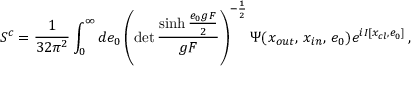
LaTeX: S \sp c = { \frac { 1 } { 3 2 \pi \sp 2 } } \int \sb 0 \sp \infty d e \sb 0 \left( \operatorname * { d e t } \frac { \sinh \frac { e \sb 0 g F } { 2 } } { g F } \right) \sp { - \frac { 1 } { 2 } } \Psi ( x \sb { o u t } , \, x \sb { i n } , \, e \sb 0 ) e \sp { { i } I \lbrack x \sb { c l } , e \sb 0 \rbrack } \, ,